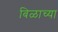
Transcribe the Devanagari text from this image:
बिळाच्या